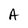
Character: A